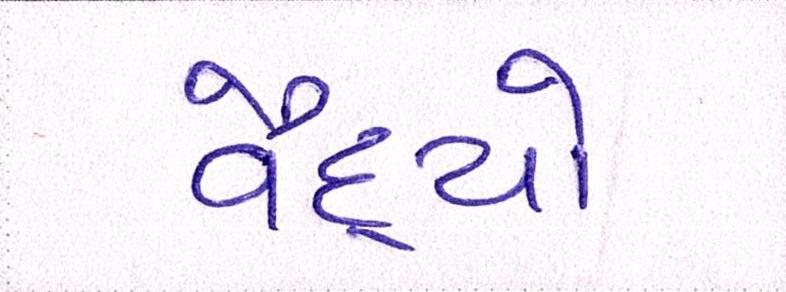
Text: વૈદ્યો